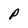
Character: P